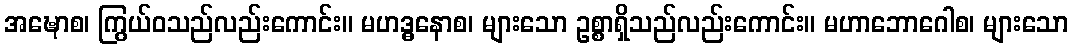
အဍ္ဎောစ၊ ကြွယ်ဝသည်လည်းကောင်း။ မဟဒ္ဓနောစ၊ များသော ဥစ္စာရှိသည်လည်းကောင်း။ မဟာဘောဂေါစ၊ များသော